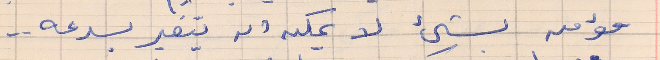
مؤمن بشىء لا يمكنه ان يتغير بسرعه . .